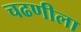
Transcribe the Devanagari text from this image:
चढणीला